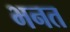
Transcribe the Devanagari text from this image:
भनत